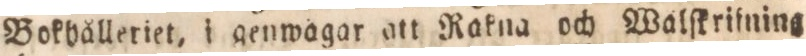
Bokhålleriet, i genwågar att Rakna och Walſkrifning